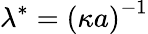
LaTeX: {{\lambda}^{*}}=\left({\kappa}{a}\right)^{-1}